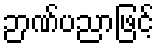
ဉာဏ်ပညာဖြင့်